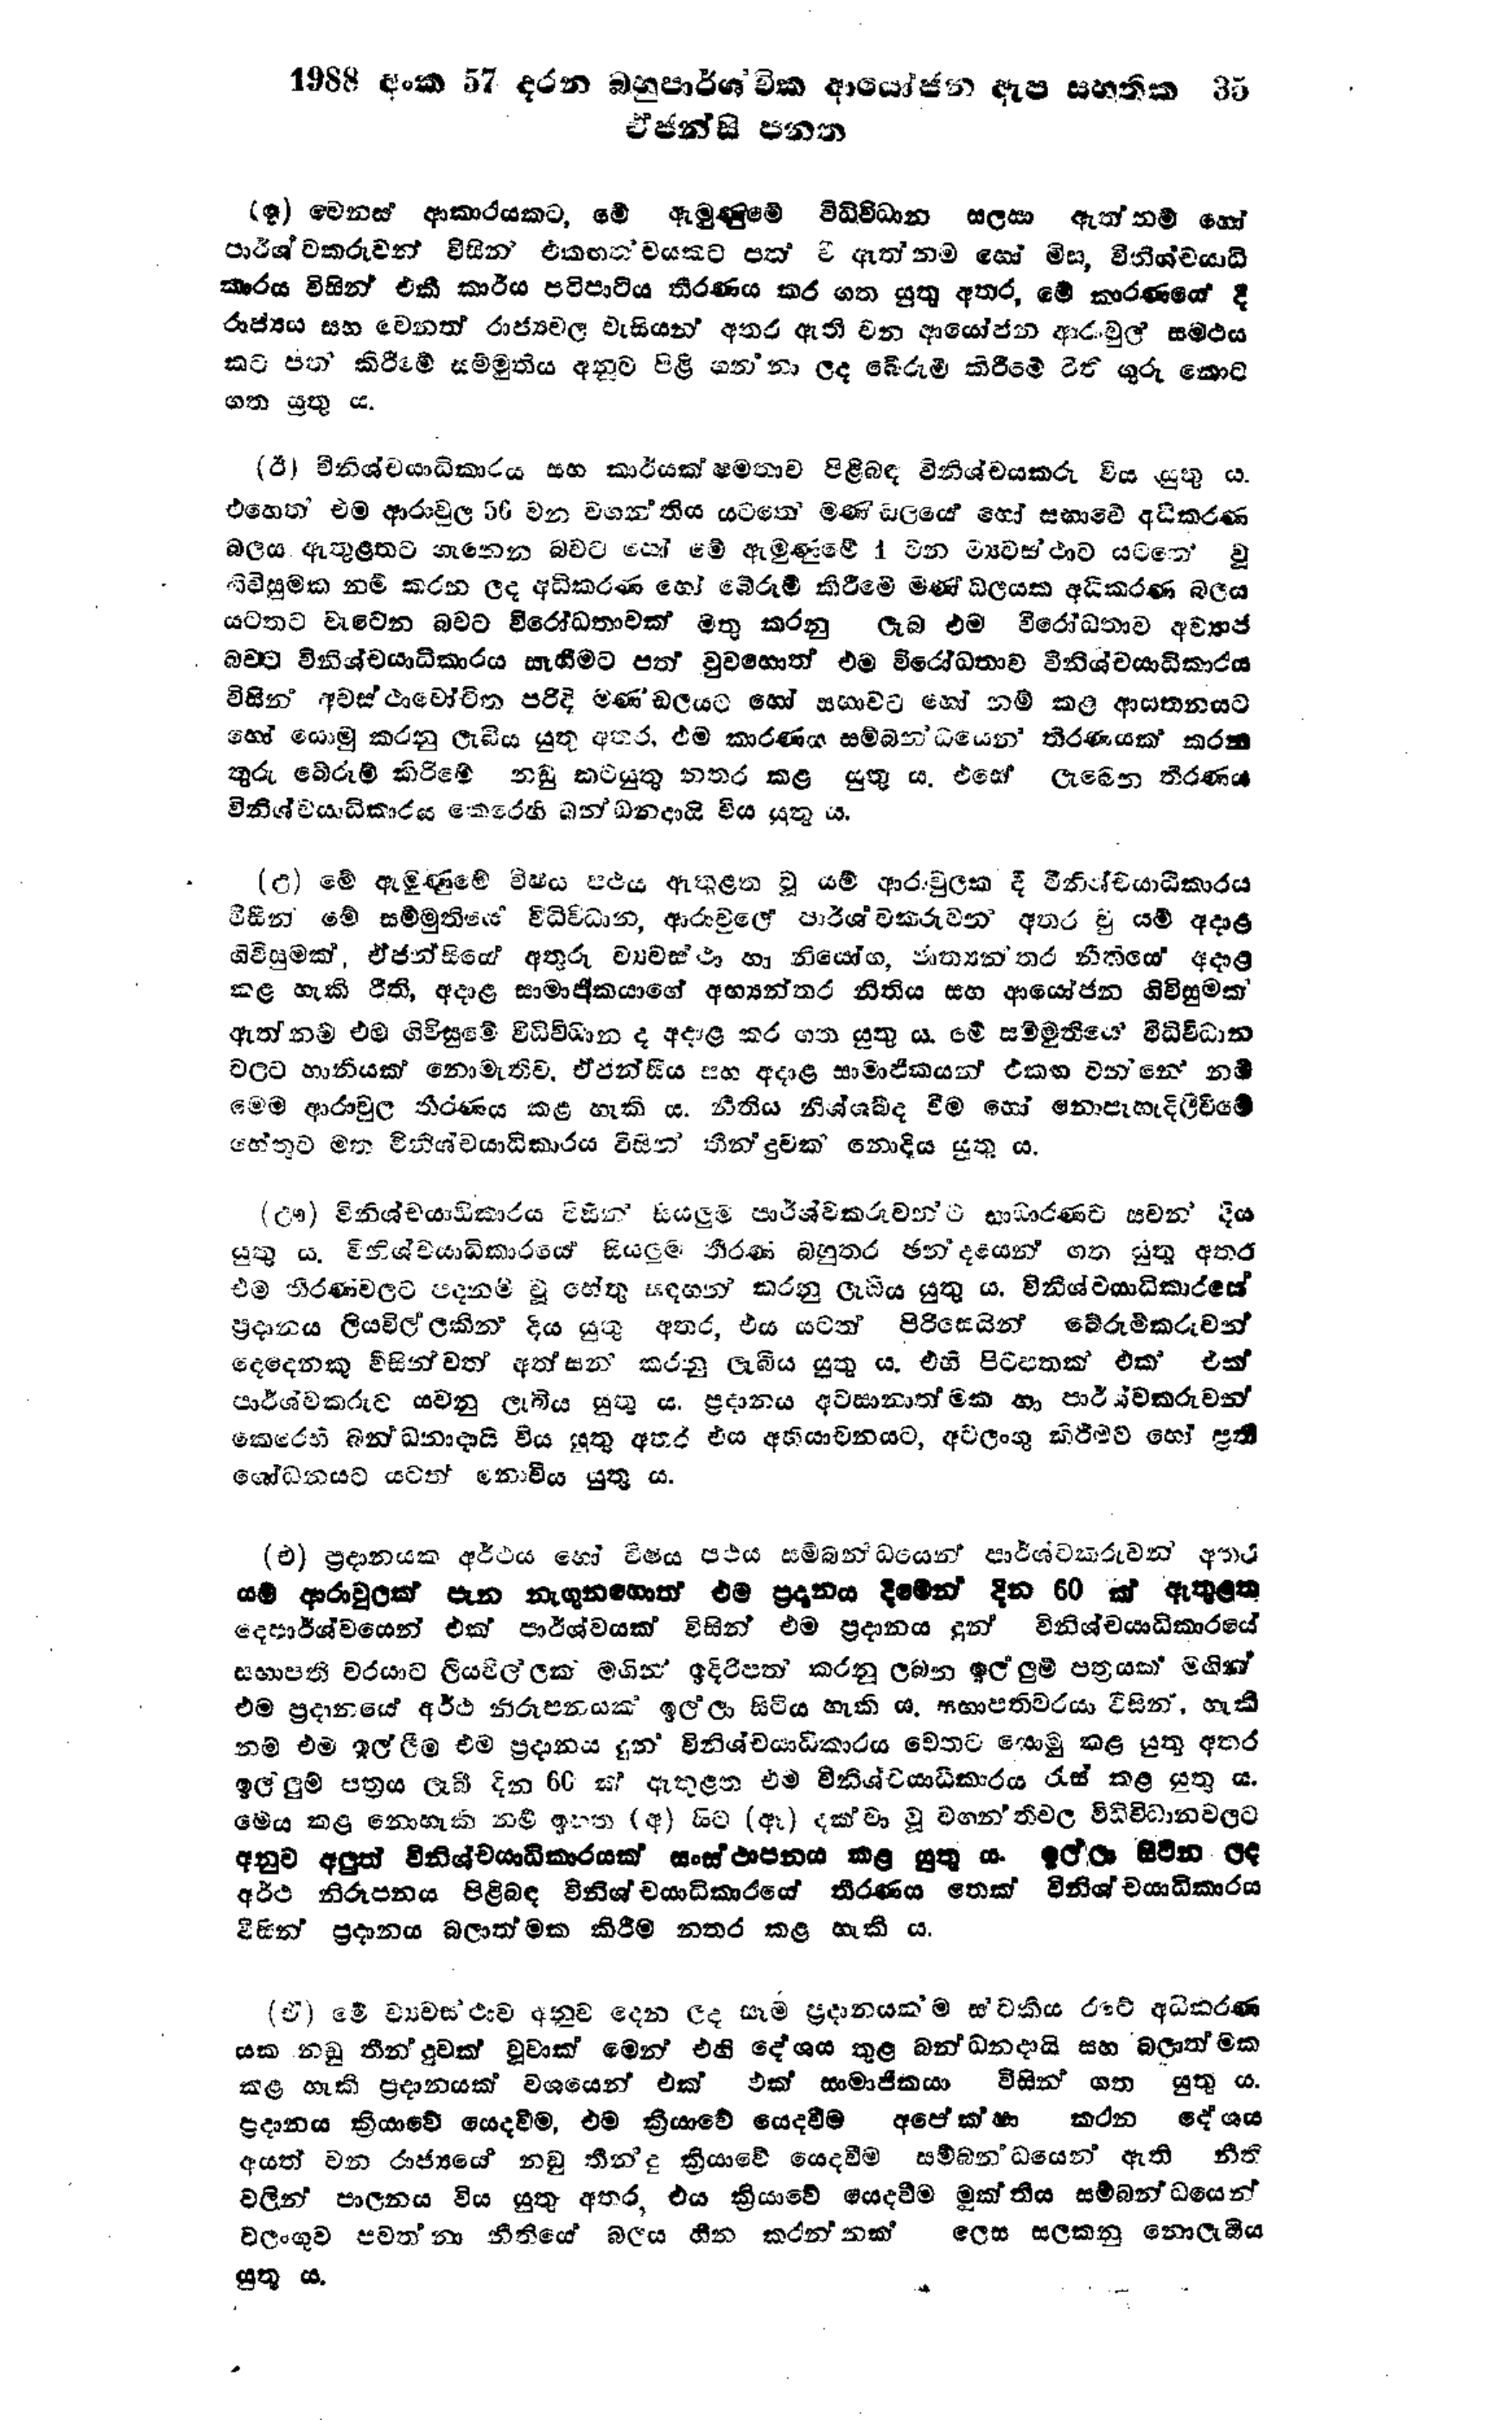
1988 අංක 57 දරන බහුපාර්ශ්වික ආයෝජන ඇප සහතික 35
ඒජන්සි පනත

(2) වෙනස් ආකාරයකට, මේ ඇමුණුමේ විධිවිධාන සලසා ඇත්නම් හෝ
පාර්ශවකරුවන් විසින් එකඟත්වයකට පත් වී ඇත්නම් හෝ මිස,විනිශ්චයාධි
කාරය විසින් එකී කාර්ය පටිපාටිය තීරණය කර ගත යුතු අතර, මේ කාරණයේ දී
රාජ්‍ය සහ වෙනත් රාජ්‍යවල වැසියන් අතර ඇති වන ආයෝජන ආරාවුල් සමථය
කට පත් කිරීමේ සම්මුතිය අනුව පිළිගන්නා ලද බේරුම් කිරීමේ රිති ගුරු කොට
ගත යුතු ය.

(ඊ) විනිශ්චයාධිකාරය සහ කාර්යක්ෂමතාව පිළිබඳ විනිශ්චයකරු විය යුතු ය.
එහෙත් එම ආරාවුල 56 වන වගන්තිය යටතේ මණ්ඩලයේ හෝ සභාවේ අධිකරණ
බලය ඇතුළතට ගැනෙන බවට හෝ මේ ඇමුණුමේ 1 වන ව්‍යවස්ථාව යටතේ වූ
ගිවිසුමක නම් කරන ලද අධිකරණ හෝ බේරුම් කිරීමේ මණ්ඩලයක අධිකරණ බලය
යටතට වැටෙන බවට විරෝධතාවක් මතු කරනු ලැබ එම විරෝධතාව අව්‍යාජ
බවට විනිශ්චයාධිකාරය සෑහීමට පත් වුවහොත් එම විරෝධතාව විනිශ්චයාධිකාරය
විසින් අවස්ථාවෝචිත පරිදි මණ්‌ඩලයට හෝ සභාවට හෝ නම් කල ආසතනයට
හෝ යොමු කරනු ලැබිය යුතු අතර, එම කාරණය සම්බන්ධයෙන‍් තීරණයක් කරන
තුරු බේරුම් කිරීමේ නඩු කටයුතු නතර කළ යුතු ය. එසේ ලැබෙන තීරණය
විනිශ්චයාධිකාරය කෙරෙහි බන්ධනදායි විය යුතු ය.

(උ) මේ ඇමුණුමේ විෂය පථය ඇතුළත වූ යම් ආරාමුලක දී විනිශ්චයාධීකාරය
විසින් මේ සම්මුතියේ විධිවිධාන, ආරාවුලේ පාර්ශ්වකරුවන් අතර වූ යම් අදාළ
ගිවිසුමක්, ඒජන්සියේ අතුරු ව්‍යවස්ථා හා නියෝග, ජාත්‍යන්තර නීතියේ අදාළ
කළ හැකි රීති, අදාළ සාමාජිකයාගේ අභ්‍යන්තර නීතිය සහ ආයෝජන ගිවිසුමක්
ඇත්නම් එම ගිවිසුමේ විධිවිධාන ද අදාළ කර ගත යුතු ය. මේ සම්මුතියේ විධිවිධාන
වලට හානියක් නොමැතිව, ඒජන්සිය සහ අදාළ සාමාජිකයන් එකඟ වන්නේ නම්
මෙම ආරවුල තීරණය කළ හැකි ය. නීතිය නිශ්ශබ්ද වීම හෝ නොපැහැදිලිවීමේ
හේතුව මත විනිශ්චයාධිකාරය විසින් තීන්දුවක් නොදිය යුතු ය.

(ඌ) විනිශ්චයාධිකාරය විසින් සියලුම පාර්ශ්වකරුවන්ට සාධාරණව සවන් දිය
යුතු ය. විනිශ්චයාධිකාරයේ සියලුම තීරණ බහුතර ඡන්දයෙන් ගත යුතු අතර
එම තීරණ වලට පදනම් වූ හේතු සඳහන් කරනු ලැබිය යුතු ය. විනිශ්චයාධිකාරයේ
ප්‍රදානය ලියවිල්ලකින් දිය යුතු අතර, එය යටත් පිරිසෙයින් බේරුම්කරුවන්
දෙදෙනෙකු විසින්වත් අත්සන කරනු ලැබිය යුතු ය. එහි පිටපතක් එක එක්
පාර්ශ්වකරුට යවනු ලැබිය යුතු ය. ප්‍රදානය අවසානාත්මක හා පාර්ශවකරුවන්
කෙරෙහි බන්ධනාදායි විය යුතු අතර එය අභියාචනයට, අවලංගු කිරීමට හෝ ප්‍රති
ශෝධනයට යටත් නොවිය යුතු ය.

(එ) ප්‍රදානයක අර්ථය හෝ විෂය පථය සම්බන්ධයෙන් පාර්ශ්වකරුවන් අතර
යම් ආරාවුලක් පැන නැගුනහොත් එම ප්‍රදානය දීමෙන් දින 60 ක් ඇතුළත
දෙපාර්ශ්වයෙන් එක් පාර්ශ්වයක් විසින් එම ප්‍රදානය දුන් විනිශ්චයාධිකාරයේ
සභාපති වරයාට ලියවිල්ලක් මගින් ඉදිරිපත් කරනු ලබන ඉල්ලුම් පත්‍රයක් මගින්
එම ප්‍රදානයේ අර්ථ නිරූපනයක් ඉල්ලා සිටිය හැකිය. සභාපතිවරයා විසින්, හැකි
නම් එම ඉල්ලීම එම ප්‍රදානය දුන විනිශ්චයාධිකාරය වෙතට යොමු කළ යුතු අතර
ඉල්ලුම් පත්‍රය ලැබී දින 60 ක් ඇතුළත එම විනිශ්චයාධිකාරය රැස් කළ යුතු ය.
මෙය කළ නොහැකි නම් ඉහත (අ) සිට (ඈ) දක්වා වූ වගන්තිවල විධිවිධානවලට
අනුව අලුත් විනිශ්චයාධිකාරයක් සංස්ථාපනය කළ යුතු ය. ඉල්ලා සිටින ලද
අර්ථ නිරූපනය පිළිබඳ විනිශ්චයාධිකාරයේ තීරණය තෙක් විනිශ්චයාධිකාරය
විසින් ප්‍රදානය බලාත්මක කිරීම නතර කළ හැකි ය.

(ඒ) මේ ව්‍යවස්ථාව අනුව දෙන ලද සෑම ප්‍රදානයක්ම ස්වකීය රටේ අධිකරණ
යක නඩු තීන්දුවක් වූවාක් මෙන් එහි දේශය තුළ බන්ධනදායි සහ බලාත්මක
කළ හැකි ප්‍රදානයක් වශයෙන් එක් එක් සාමාජිකයා විසින් ගත යුතු ය.
ප්‍රදානය ක්‍රියාවේ යෙදවීම, එම ක්‍රියාවේ යෙදවීම අපේක්ෂා කරන දේශය
අයත් වන රාජ්‍යයේ නඩු තීන්දු ක්‍රියාවේ යෙදවීම සම්බන්ධයෙන් ඇති නීති
වලින් පාලනය විය යුතු අතර, එය ක්‍රියාවේ යෙදවීම මුක්තිය සම්බන්ධයෙන්
වලංගුව පවත්නා නීතියේ බලය හීන කරන්නක් ලෙස සලකනු නොලැබිය
යුතු ය.